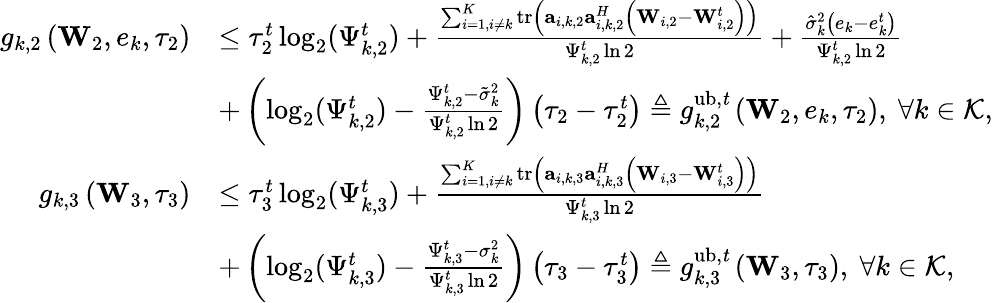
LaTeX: \begin{array}{rl}{g_{k,2}\left(\mathbf W_{2},e_{k},\tau_{2}\right)}&{\leq\tau_{2}^{t}\log_{2}(\Psi_{k,2}^{t})+\frac{\sum_{i=1,i\neq k}^{K}\mathrm{tr}\left(\mathbf a_{i,k,2}\mathbf a_{i,k,2}^{H}\left(\mathbf W_{i,2}-\mathbf W_{i,2}^{t}\right)\right)}{\Psi_{k,2}^{t}\ln 2}+\frac{\hat{\sigma}_{k}^{2}\left(e_{k}-e_{k}^{t}\right)}{\Psi_{k,2}^{t}\ln 2}}\\ &{+\left(\log_{2}(\Psi_{k,2}^{t})-\frac{\Psi_{k,2}^{t}-\tilde{\sigma}_{k}^{2}}{\Psi_{k,2}^{t}\ln 2}\right)\left(\tau_{2}-\tau_{2}^{t}\right)\triangleq g_{k,2}^{\mathrm{ub,\mathit t}}\left(\mathbf W_{2},e_{k},\tau_{2}\right),\ \forall k\in\mathcal K,}\\ {g_{k,3}\left(\mathbf W_{3},\tau_{3}\right)}&{\leq\tau_{3}^{t}\log_{2}(\Psi_{k,3}^{t})+\frac{\sum_{i=1,i\neq k}^{K}\mathrm{tr}\left(\mathbf a_{i,k,3}\mathbf a_{i,k,3}^{H}\left(\mathbf W_{i,3}-\mathbf W_{i,3}^{t}\right)\right)}{\Psi_{k,3}^{t}\ln 2}}\\ &{+\left(\log_{2}(\Psi_{k,3}^{t})-\frac{\Psi_{k,3}^{t}-\sigma_{k}^{2}}{\Psi_{k,3}^{t}\ln 2}\right)\left(\tau_{3}-\tau_{3}^{t}\right)\triangleq g_{k,3}^{\mathrm{ub,\mathit t}}\left(\mathbf W_{3},\tau_{3}\right),\ \forall k\in\mathcal K,}\end{array}